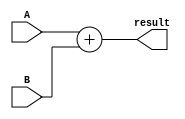
`timescale 1ns / 1ps

module AdderModule32bit(
	input [31:0]A,
	input [31:0]B,
	
	output [31:0]result
    );

	assign result = A + B;

endmodule